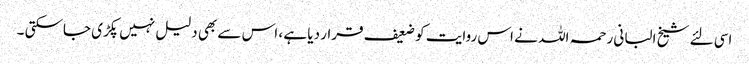
اسی لئے شیخ البانی رحمہ اللہ نے اس روایت کو ضعیف قرار دیا ہے ، اس سے بھی دلیل نہیں پکڑی جاسکتی ۔